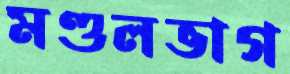
মণ্ডলভাগ